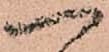
一